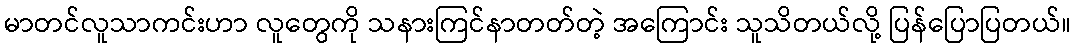
မာတင်လူသာကင်းဟာ လူတွေကို သနားကြင်နာတတ်တဲ့ အကြောင်း သူသိတယ်လို့ ပြန်ပြောပြတယ်။